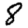
Digit: 8